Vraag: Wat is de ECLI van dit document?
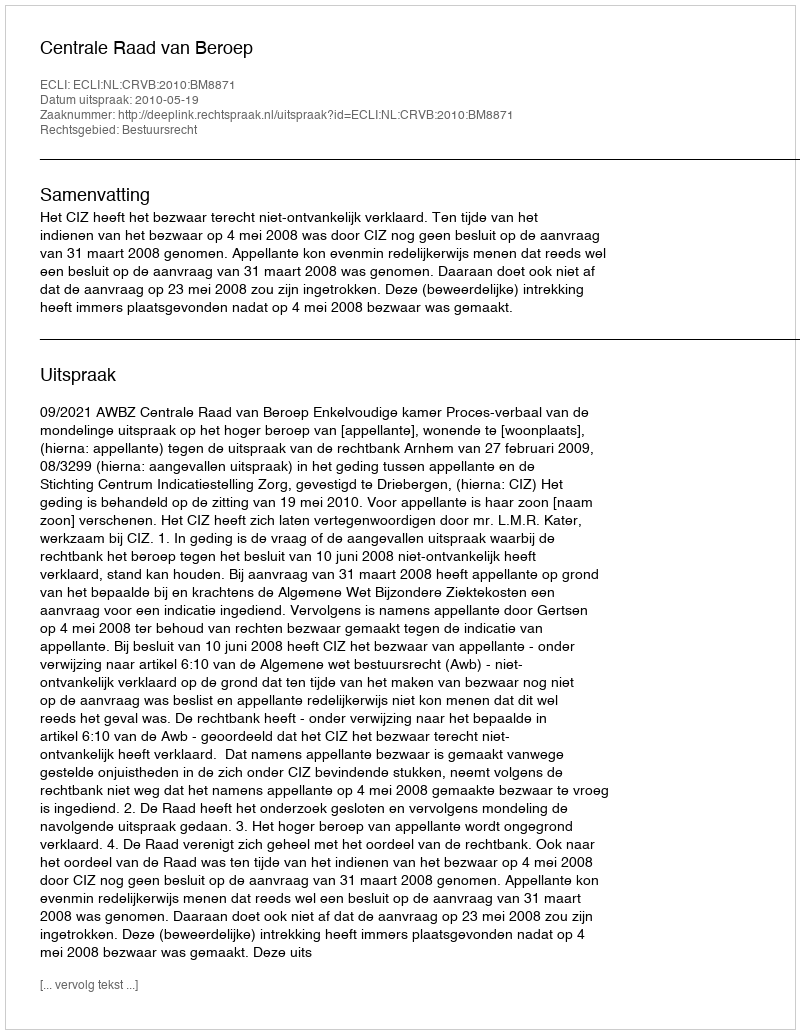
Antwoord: ECLI:NL:CRVB:2010:BM8871